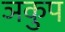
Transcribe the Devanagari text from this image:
ञकुप